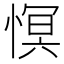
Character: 慏